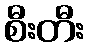
စီးတီး